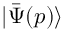
\ensuremath { \vert \bar { \Psi } ( \b { p } ) \rangle }